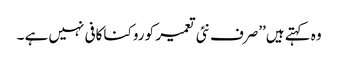
وہ کہتے ہیں’’صرف نئی تعمیر کو روکنا کافی نہیں ہے ۔